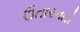
ઉતારનારો